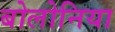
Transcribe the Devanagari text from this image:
बोलोनिया